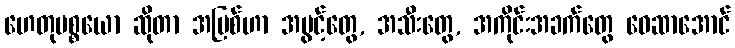
ဟေတုပစ္စယော ဆိုတာ အမြစ်ဟာ အပွင့်တွေ, အသီးတွေ, အကိုင်းအခက်တွေ ဝေဆာအောင်